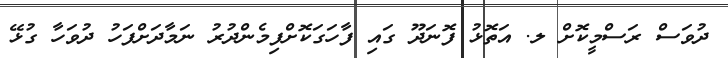
ދުވަސް ރަސްމީކޮށް ލ. އަތޮޅު ފޮނަދޫ ގައި ފާހަގަކޮށްފިމެންދުރު ނަމާދަށްފަހު ދުވަހާ ގުޅޭ